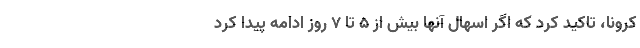
کرونا، تاکید کرد که اگر اسهال آنها بیش از ۵ تا ۷ روز ادامه پیدا کرد